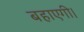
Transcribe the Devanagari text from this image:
बहाएगी।